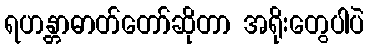
ရဟန္တာဓာတ်တော်ဆိုတာ အရိုးတွေပါပဲ